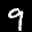
Label: 9